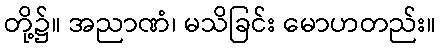
တို့၌။ အညာဏံ၊ မသိခြင်း မောဟတည်း။